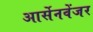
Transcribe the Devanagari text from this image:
आर्सेनवेंजर